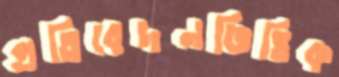
প্রতিবেদনভিত্তিক